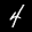
Label: 4